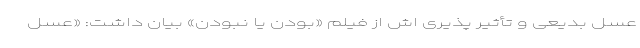
عسل بدیعی و تأثیر پذیری اش از فیلم «بودن یا نبودن» بیان داشت: «عسل